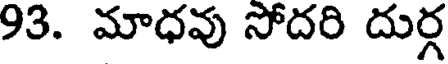
93. మాధవు సోదరి దుర్గ